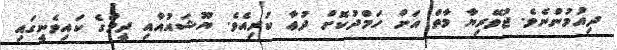
ދިއުމުންނެވެ. ޖުވޭރިޔާ މާތް އަށް ހަމްދުކޮށް ދުޢާ ކުރިއެވެ. ޔޫޝައުއާއި ދީމްގެ ކައިވެނީގައި